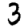
Digit: 3